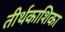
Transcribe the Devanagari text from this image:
तीर्थकाशिका